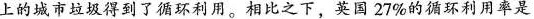
上的城市垃圾得到了循环利用。相比之下，英国27%的循环利用率是